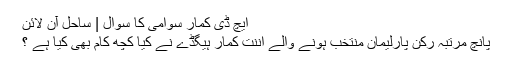
ایچ ڈی کمار سوامی کا سوال | ساحل آن لائن
پانچ مرتبہ رکن پارلیمان منتخب ہونے والے اننت کمار ہیگڈے نے کیا کچھ کام بھی کیا ہے ؟